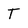
Character: T